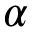
\alpha